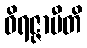
ဝိရဇ္ဇာမီတိ